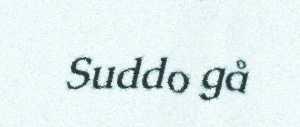
Suddo gå